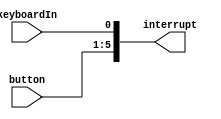
`timescale 1ns / 1ps
//////////////////////////////////////////////////////////////////////////////////
// Company: 
// Engineer: 
// 
// Design Name: 
// Module Name: interrupt
// Project Name: 
// Target Devices: 
// Tool Versions: 
// Description: 
// 
// Dependencies: 
// 
// Revision:
// Revision 0.01 - File Created
// Additional Comments:
// 
//////////////////////////////////////////////////////////////////////////////////


module interrupt(
    input   [4:0]   button,             // S1-S5)
    input           keyboardIn,         // ()  
    output  [5:0]   interrupt
    );
   
    assign interrupt[0] = keyboardIn;   // keyboard 
    assign interrupt[1] = button[0];    // S1 
    assign interrupt[2] = button[1];    // S2 
    assign interrupt[3] = button[2];    // S3 
    assign interrupt[4] = button[3];    // S4 
    assign interrupt[5] = button[4];    // S5 
endmodule